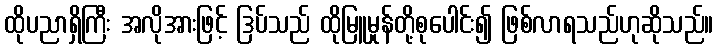
ထိုပညာရှိကြီး အလိုအားဖြင့် ဒြပ်သည် ထိုမြူမှုန်တို့စုပေါင်း၍ ဖြစ်လာရသည်ဟုဆိုသည်။